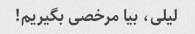
لیلی، بیا مرخصی بگیریم!